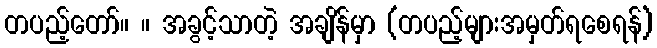
တပည့်တော်။ ။ အခွင့်သာတဲ့ အချိန်မှာ (တပည့်များအမှတ်ရစေရန်)